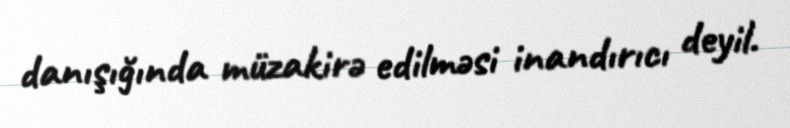
danışığında müzakirə edilməsi inandırıcı deyil.